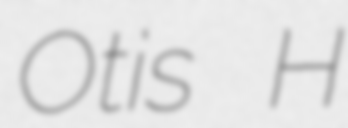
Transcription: Otis H